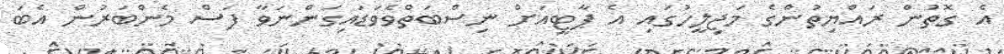
އެ ގޮތުން ރައްޔިތުންގެ މަޖިލީހުގައި އެ ޕާޓީއަށް ނިސްބަތްވެވަޑައިގަންނަވާ ފަސް މެންބަރުން އެބަ